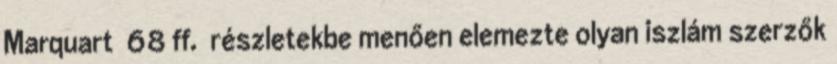
Marquart 68 ff. részletekbe menően elemezte olyan iszlám szerzők